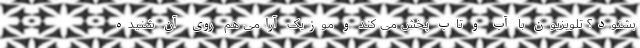
بشنود؟ تلویزیون با آب و تاب پخش می کند و موزیک آرامی هم روی آن شنیده